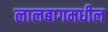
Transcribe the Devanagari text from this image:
लालबागमधील